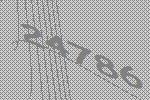
24786